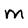
Character: M